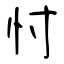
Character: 忖